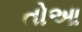
તોઆ